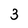
Character: 3